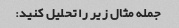
جمله مثال زیر را تحلیل کنید: